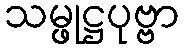
သမ္ဖုဋ္ဌပုဗ္ဗာ